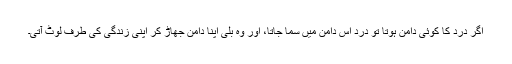
اگر درد کا کوئی دامن ہوتا تو درد اُس دامن میں سما جاتا، اور وہ بلی اپنا دامن جھاڑ کر اپنی زندگی کی طرف لوٹ آتی۔